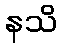
နသိ